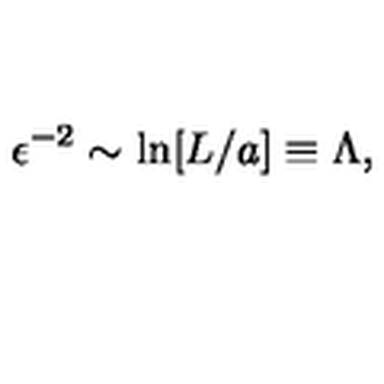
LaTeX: \epsilon ^ { - 2 } \sim \ln [ L / a ] \equiv \Lambda ,